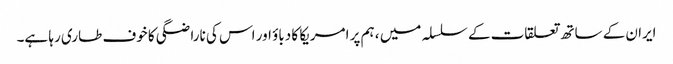
ایران کے ساتھ تعلقات کے سلسلہ میں ، ہم پر امریکا کا دباؤ اور اس کی ناراضگی کا خوف طاری رہا ہے۔